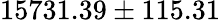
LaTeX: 15731.39\pm 115.31